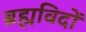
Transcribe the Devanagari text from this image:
ब्रह्मविदों